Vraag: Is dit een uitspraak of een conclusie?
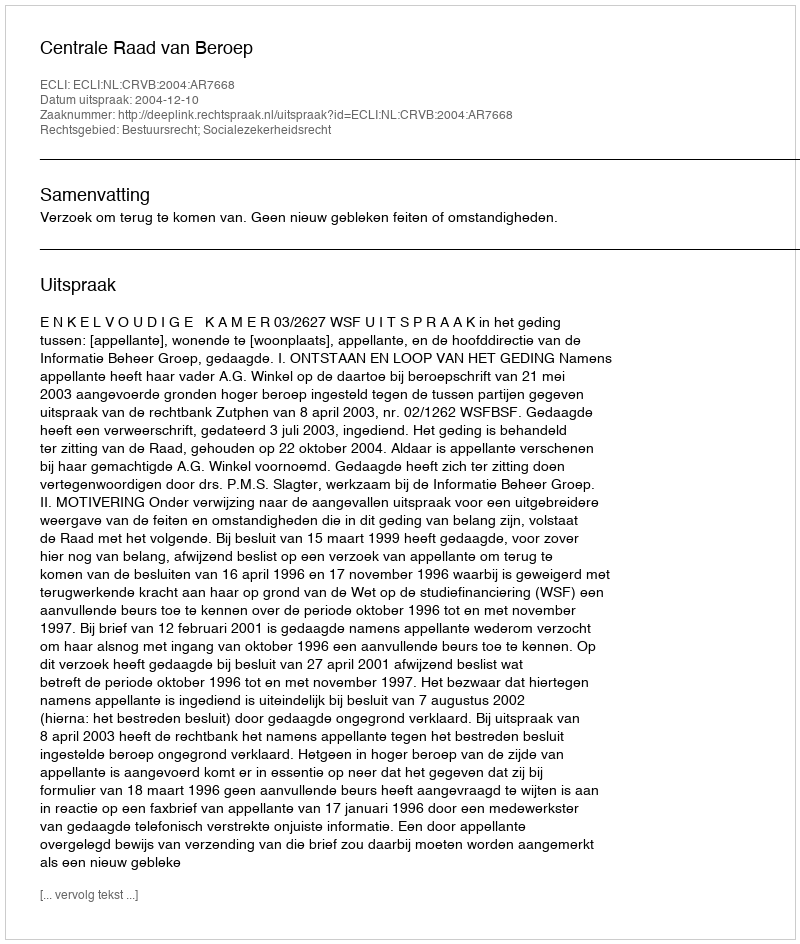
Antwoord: Uitspraak